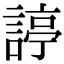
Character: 諪